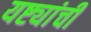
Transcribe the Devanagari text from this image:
यष्ट्यांची